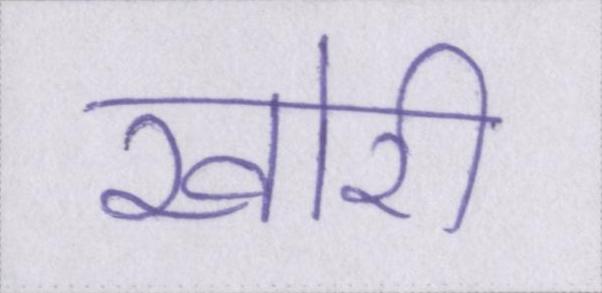
खोरी